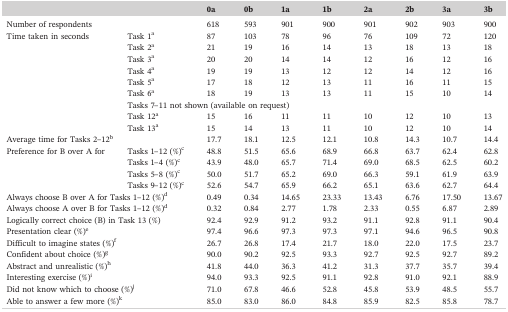
<table><thead><tr><td colspan="2"></td><td><b>0a</b></td><td><b>0b</b></td><td><b>1a</b></td><td><b>1b</b></td><td><b>2a</b></td><td><b>2b</b></td><td><b>3a</b></td><td><b>3b</b></td></tr></thead><tbody><tr><td colspan="2">Number of respondents</td><td>618</td><td>593</td><td>901</td><td>900</td><td>901</td><td>902</td><td>903</td><td>900</td></tr><tr><td rowspan="9">Time taken in seconds</td><td>Task 1a</td><td>87</td><td>103</td><td>78</td><td>96</td><td>76</td><td>109</td><td>72</td><td>120</td></tr><tr><td>Task 2a</td><td>21</td><td>19</td><td>16</td><td>14</td><td>13</td><td>18</td><td>13</td><td>18</td></tr><tr><td>Task 3a</td><td>20</td><td>20</td><td>14</td><td>14</td><td>12</td><td>16</td><td>12</td><td>16</td></tr><tr><td>Task 4a</td><td>19</td><td>19</td><td>13</td><td>12</td><td>12</td><td>14</td><td>12</td><td>16</td></tr><tr><td>Task 5a</td><td>17</td><td>18</td><td>12</td><td>13</td><td>11</td><td>16</td><td>11</td><td>15</td></tr><tr><td>Task 6a</td><td>18</td><td>19</td><td>13</td><td>13</td><td>11</td><td>15</td><td>10</td><td>14</td></tr><tr><td colspan="9">Tasks 7–11 not shown (available on request)</td></tr><tr><td>Task 12a</td><td>15</td><td>16</td><td>11</td><td>11</td><td>10</td><td>12</td><td>10</td><td>13</td></tr><tr><td>Task 13a</td><td>15</td><td>14</td><td>13</td><td>11</td><td>10</td><td>12</td><td>10</td><td>14</td></tr><tr><td colspan="2">Average time for Tasks 2–12b</td><td>17.7</td><td>18.1</td><td>12.5</td><td>12.1</td><td>10.8</td><td>14.3</td><td>10.7</td><td>14.4</td></tr><tr><td rowspan="4">Preference for B over A for</td><td>Tasks 1–12 (%)c</td><td>48.8</td><td>51.5</td><td>65.6</td><td>68.9</td><td>66.8</td><td>63.7</td><td>62.4</td><td>62.8</td></tr><tr><td>Tasks 1–4 (%)c</td><td>43.9</td><td>48.0</td><td>65.7</td><td>71.4</td><td>69.0</td><td>68.5</td><td>62.5</td><td>60.2</td></tr><tr><td>Tasks 5–8 (%)c</td><td>50.0</td><td>51.7</td><td>65.2</td><td>69.0</td><td>66.3</td><td>59.1</td><td>61.9</td><td>63.9</td></tr><tr><td>Tasks 9–12 (%)c</td><td>52.6</td><td>54.7</td><td>65.9</td><td>66.2</td><td>65.1</td><td>63.6</td><td>62.7</td><td>64.4</td></tr><tr><td colspan="2">Always choose B over A for Tasks 1–12 (%)d</td><td>0.49</td><td>0.34</td><td>14.65</td><td>23.33</td><td>13.43</td><td>6.76</td><td>17.50</td><td>13.67</td></tr><tr><td colspan="2">Always choose A over B for Tasks 1–12 (%)d</td><td>0.32</td><td>0.84</td><td>2.77</td><td>1.78</td><td>2.33</td><td>0.55</td><td>6.87</td><td>2.89</td></tr><tr><td colspan="2">Logically correct choice (B) in Task 13 (%)</td><td>92.4</td><td>92.9</td><td>91.2</td><td>93.2</td><td>91.1</td><td>92.8</td><td>91.1</td><td>90.4</td></tr><tr><td colspan="2">Presentation clear (%)e</td><td>97.4</td><td>96.6</td><td>97.3</td><td>97.3</td><td>97.1</td><td>94.6</td><td>96.5</td><td>90.8</td></tr><tr><td colspan="2">Difficult to imagine states (%)f</td><td>26.7</td><td>26.8</td><td>17.4</td><td>21.7</td><td>18.0</td><td>22.0</td><td>17.5</td><td>23.7</td></tr><tr><td colspan="2">Confident about choice (%)g</td><td>90.0</td><td>90.2</td><td>92.5</td><td>93.3</td><td>92.7</td><td>92.5</td><td>92.7</td><td>89.2</td></tr><tr><td colspan="2">Abstract and unrealistic (%)h</td><td>41.8</td><td>44.0</td><td>36.3</td><td>41.2</td><td>31.3</td><td>37.7</td><td>35.7</td><td>39.4</td></tr><tr><td colspan="2">Interesting exercise (%)i</td><td>94.0</td><td>93.3</td><td>92.5</td><td>91.1</td><td>92.8</td><td>91.0</td><td>92.1</td><td>88.9</td></tr><tr><td colspan="2">Did not know which to choose (%)j</td><td>71.0</td><td>67.8</td><td>46.6</td><td>52.8</td><td>45.8</td><td>53.9</td><td>48.5</td><td>55.7</td></tr><tr><td colspan="2">Able to answer a few more (%)k</td><td>85.0</td><td>83.0</td><td>86.0</td><td>84.8</td><td>85.9</td><td>82.5</td><td>85.8</td><td>78.7</td></tr></tbody></table>